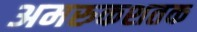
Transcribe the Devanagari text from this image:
अमरुकशतक